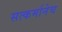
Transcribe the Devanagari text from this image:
सत्कर्मानेच